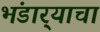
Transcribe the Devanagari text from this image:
भंडार्‍याचा